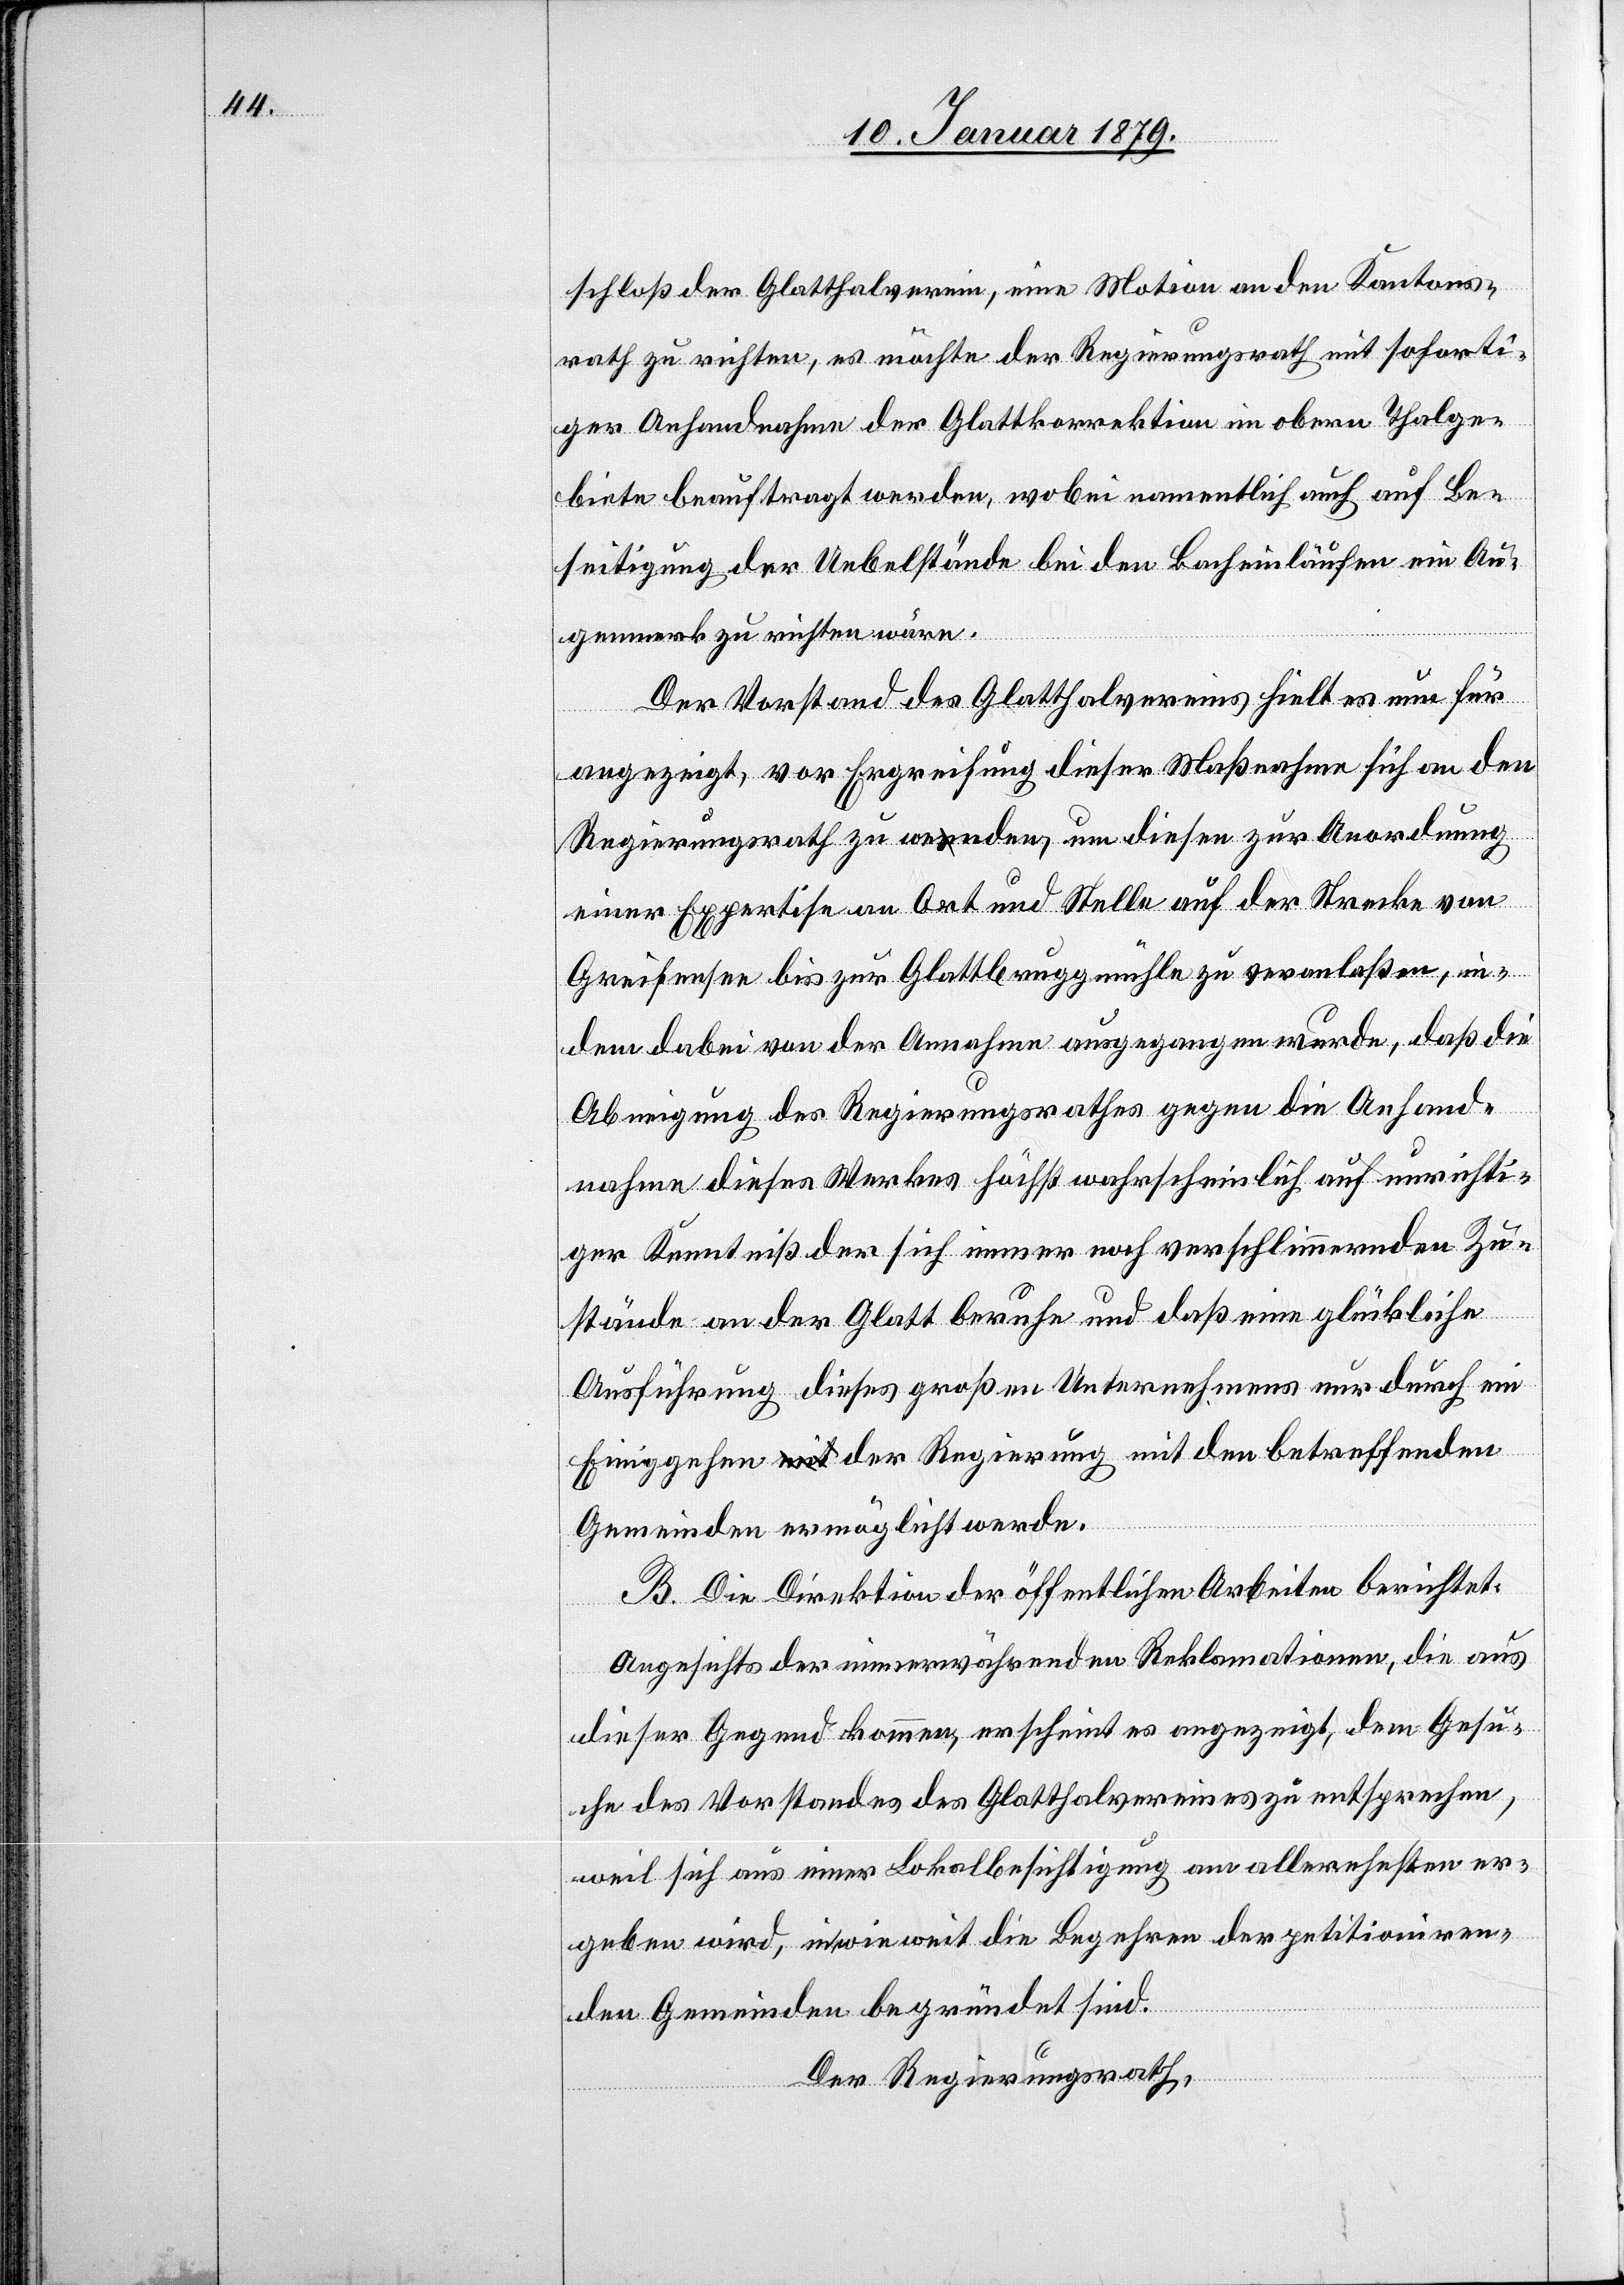
schloß der Glatthalverein, eine Motion an den Kantons¬
rath zu richten, es möchte der Regierungsrath mit soforti¬
ger Anhandnahme der Glattkorrektion im obern Thalge¬
biete beauftragt werden, wobei namentlich auch auf Be¬
seitigung der Uebelstände bei den Bacheinläufen ein Au¬
genmerk zu richten wäre.
Der Vorstand des Glatthalvereins hielt es nun für
angezeigt, vor Ergreifung dieser Maßnahme sich an den
Regierungsrath zu wenden, um diesen zur Anordnung
einer Expertise an Ort und Stelle auf der Strecke von
Greifensee bis zur Glattbruggmühle zu veranlaßen, in¬
dem dabei von der Annahme ausgegangen wurde, daß die
Abneigung des Regierungsrathes gegen die Anhand¬
nahme dieses Werkes höchst wahrscheinlich auf unrichti¬
ger Kenntniß der sich immer noch verschlimmernden Zu¬
stände an der Glatt beruhe und daß eine glückliche
Ausführung dieses großen Unternehmens nur durch ein
Einiggehen der Regierung mit den betreffenden
Gemeinden ermöglicht werde.
B. Die Direktion der öffentlichen Arbeiten berichtet:
Angesichts der immerwährenden Reklamationen, die aus
dieser Gegend kommen, erscheint es angezeigt, dem Gesu¬
che des Vorstandes des Glatthalvereines zu entsprechen,
weil sich aus einer Lokalbesichtigung am allerehesten er¬
geben wird, inwieweit die Begehren der petitioniren¬
den Gemeinden begründet sind.
Der Regierungsrath,